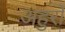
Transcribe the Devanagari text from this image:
अहुरों